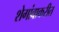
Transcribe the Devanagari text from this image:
शेगांवाकरीत